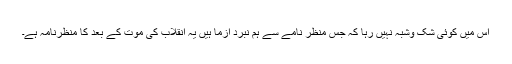
اس میں کوئی شک وشبہ نہیں رہا کہ جس منظر نامے سے ہم نبرد آزما ہیں یہ انقلاب کی موت کے بعد کا منظرنامہ ہے۔